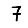
Digit: 7